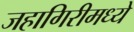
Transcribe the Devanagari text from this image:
जहागिरीमध्‍ये